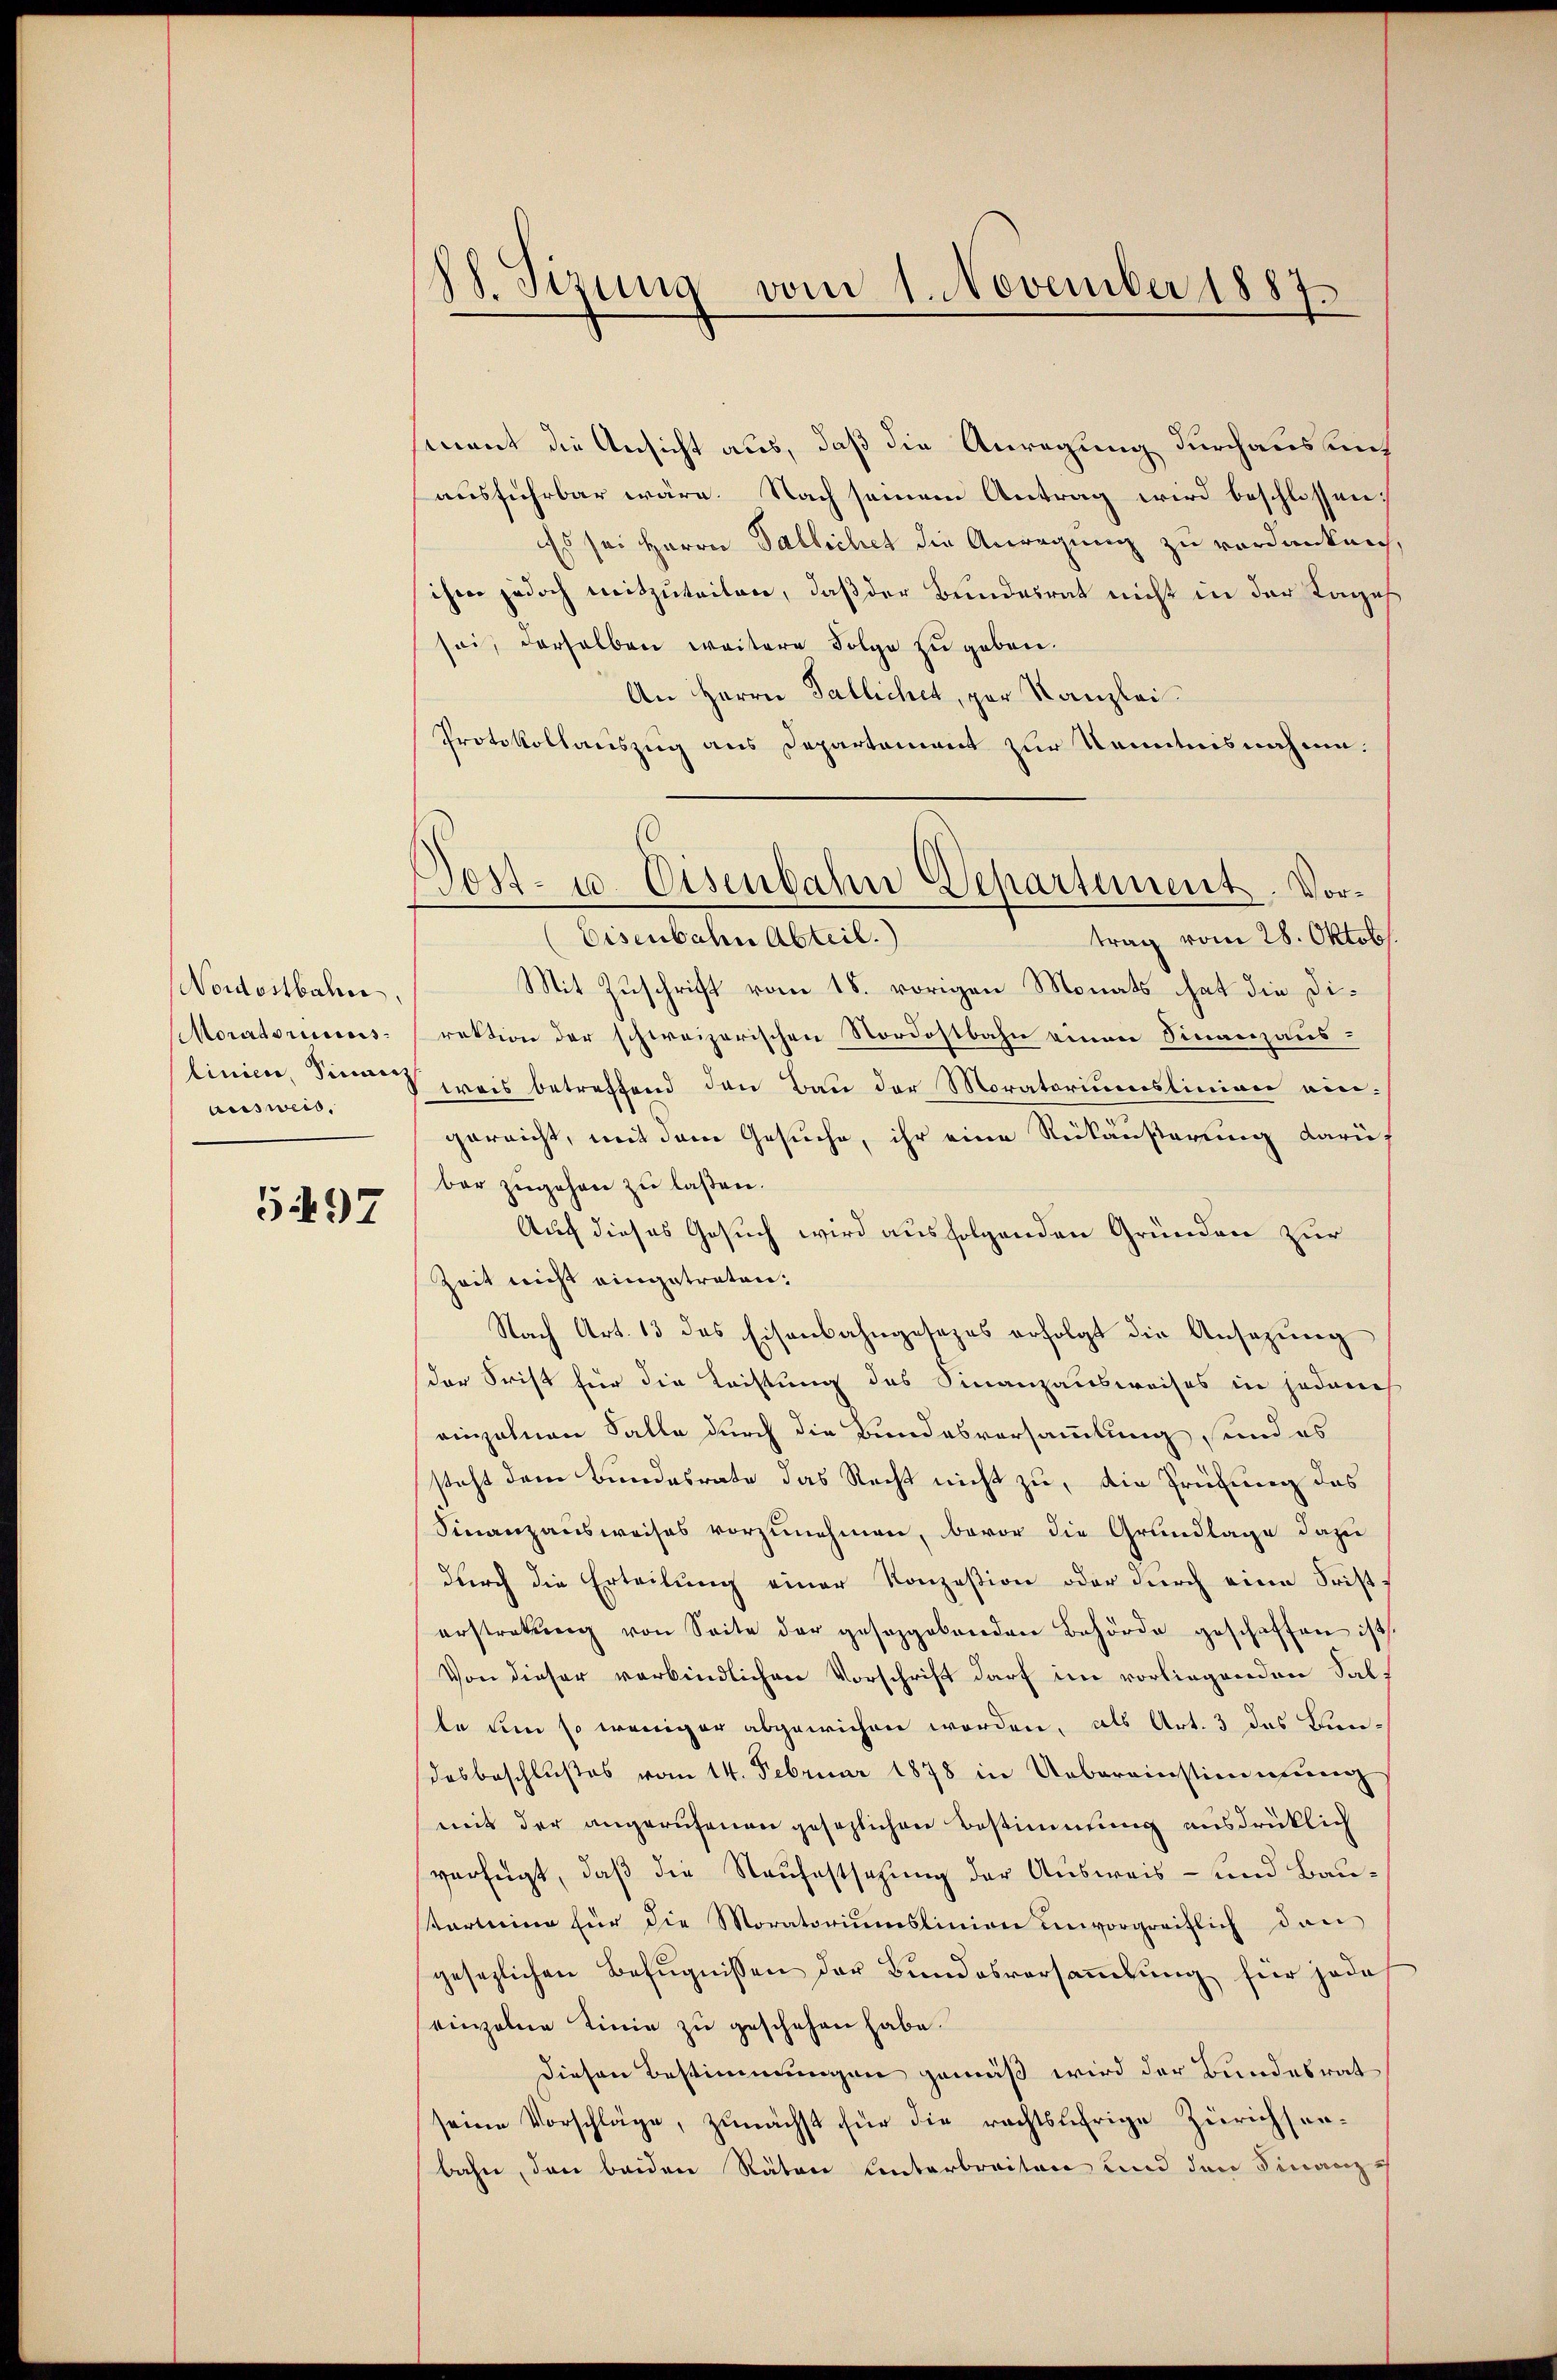
Nordostbahn.
Moratoriums
linien, Sinnenz
ausweis.

5497

88. Sizung vom 1. November 1887.

mant die Ansicht aus, daß die Anregung durchaus auch
ausführbar wäre. Nach seinem Antrag wird beschlossen:
Es sei Herrn Pallichet die Anregung zu verdankeich,
ihme jedoch mitzuteilen, daß der Bundesrat nicht in der Tages
sei, derselben weitere Folge zu geben.
An Herrn Fallichet, par Kanzlei
Protokollauszug aus Departement zur Kenntnisnahme.
(Eisenbahn Abteil.)
trag vom 28. Oktob
Mit Zuschrift vom 18. vorigen Monats hat die Direktion der schweizerischen Nordostbahn einen Finanzausweis betreffend den Bau der Moratoriumstinion eingereicht, mit dem Gesuche, ihr eine Rückäußerung darübar zugehen zu laßen.
Auf dieses Gesuch wird ausfolgenden Gründen zur
Zeit nicht eingetraten.
Nach Art. 13 das Eisenbahngesezes erfolgt die Ansezung
der Frist für die Leistung des Finanzausweises in jedench
ainzelnen Falle durch die Bundesversammlung, und es
steht dem Bundesrate das Recht nicht zu, die Prüfung des
Finanzausweises vorzunehmen, bevor die Grundlage dazu
durch die Erteilung einer Konzesion oder durch eine Fristerstrekŭng von Seite der geseggebenden Behörde geschaffen ist.
Von dieser verbindlichen Vorschrift darf im vorliegenden Salte um so weniger abgewichen worden, als Art. 3 das Bundesbeschlußes vom 14. Februar 1878 in Uebereinstimmung
mit der angerufenen gesezlichen Bestimmung ausdrücklich
verfügt, daß die Naufestsezung der Ausweis- und Bautartina für die Moratoriŭmslinien unvorgreiflich dan
gesezlichen Befugnissen der Bundesversaṁlŭng für jede
einzelne Linie zu geschehen habe.
Diesen Bestimmungen gemäß wird der Bundesrat
seine Vorschläge, zunächst für die rechtsährige Zürichsen-
bahn, den beiden Räten Centerbreiten und den Finanz

Dost- u. Eisenbahn Departement. Vor¬